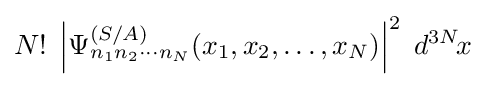
N!\;\left|\Psi _{n_{1}n_{2}\cdots n_{N}}^{(S/A)}(x_{1},x_{2},\ldots ,x_{N})\right|^{2}\;d^{3N}\!x